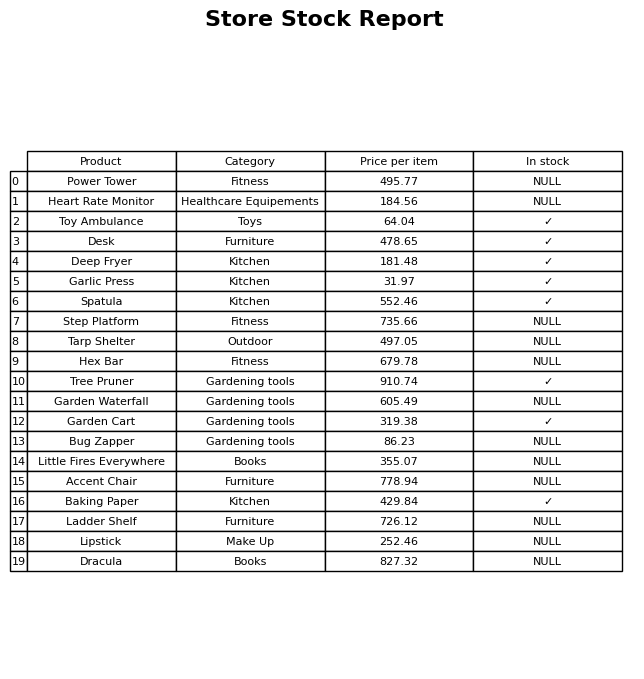
question: What is the price of the Dracula?
answer: The price of Dracula is 827.32.